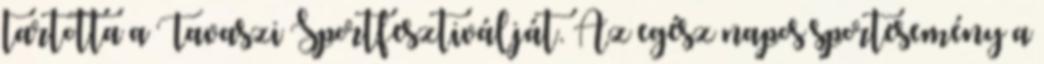
tartotta a Tavaszi Sportfesztiválját. Az egész napos sportesemény a